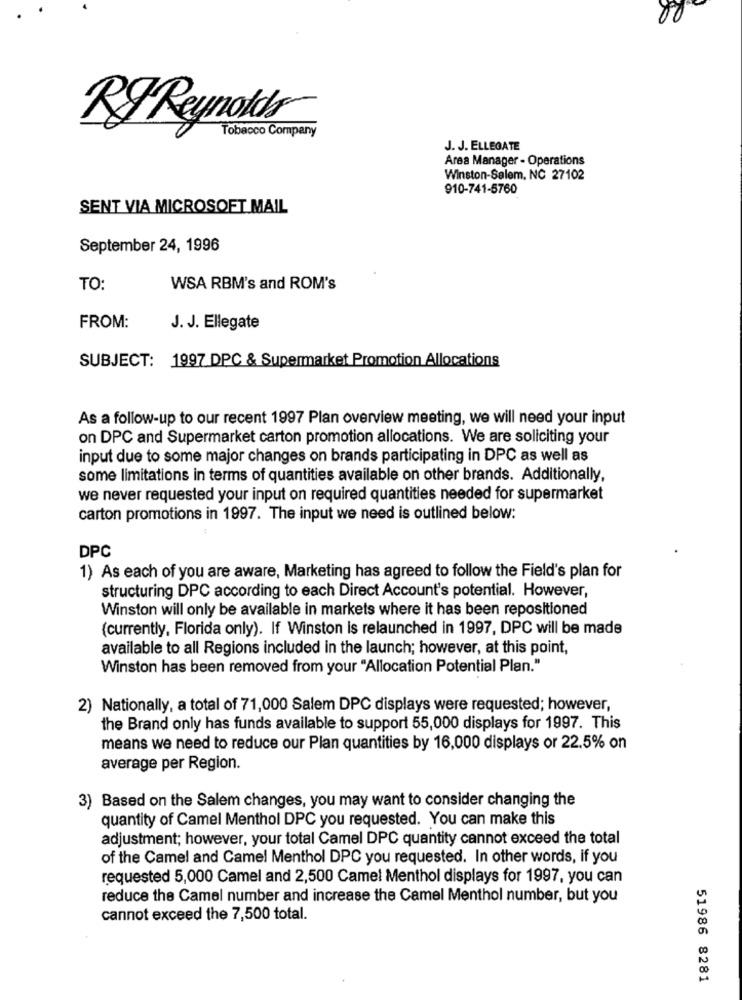
80
RF Reynolds
Tobacco Company
J. J. ELLEGATE
Area Manager - Operations
Winston-Salem, NC 27102
910-741-5760
SENT VIA MICROSOFT MAIL
September 24, 1996
TO:
WSA RBM's and ROM's
FROM:
J. J. Ellegate
SUBJECT: 1997 DPC & Supermarket Promotion Allocations
As a follow-up to our recent 1997 Plan overview meeting, we will need your input
on DPC and Supermarket carton promotion allocations. We are soliciting your
input due to some major changes on brands participating in DPC as well as
some limitations in terms of quantities available on other brands. Additionally,
we never requested your input on required quantities needed for supermarket
carton promotions in 1997. The input we need is outlined below:
DPC
1) As each of you are aware, Marketing has agreed to follow the Field's plan for
structuring DPC according to each Direct Account's potential. However,
Winston will only be available in markets where it has been repositioned
(currently, Florida only). If Winston is relaunched in 1997, DPC will be made
available to all Regions included in the launch; however, at this point,
Winston has been removed from your "Allocation Potential Plan."
2) Nationally, a total of 71,000 Salem DPC displays were requested; however,
the Brand only has funds available to support 55,000 displays for 1997. This
means we need to reduce our Plan quantities by 16,000 displays or 22.5% on
average per Region.
3) Based on the Salem changes, you may want to consider changing the
quantity of Camel Menthol DPC you requested. You can make this
adjustment; however, your total Camel DPC quantity cannot exceed the total
of the Camel and Camel Menthol DPC you requested. In other words, if you
requested 5,000 Camel and 2,500 Camel Menthol displays for 1997, you can
reduce the Camel number and increase the Camel Menthol number, but you
cannot exceed the 7,500 total.
51986 8281